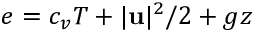
e = c _ { v } T + | \mathbf u | ^ { 2 } / 2 + g z